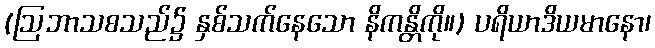
(ဩဘာသစသည်၌ နှစ်သက်နေသော နိကန္တိကို။) ပရိယာဒိယမာနော၊